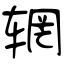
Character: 辋